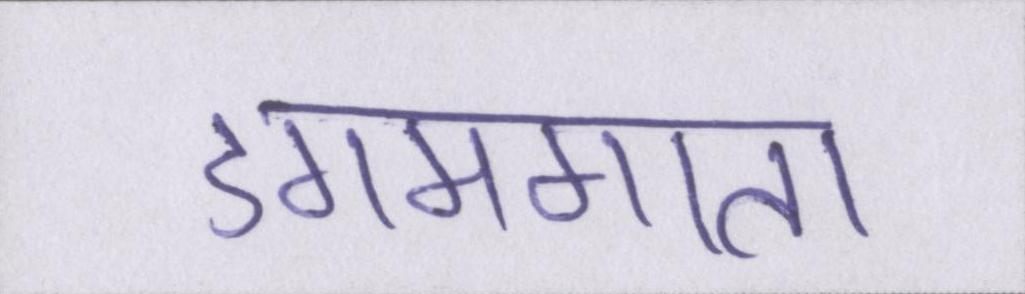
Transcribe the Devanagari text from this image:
डगमगाता